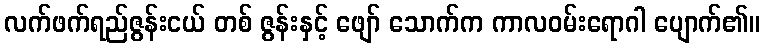
လက်ဖက်ရည်ဇွန်းငယ် တစ် ဇွန်းနှင့် ဖျော် သောက်က ကာလဝမ်းရောဂါ ပျောက်၏။